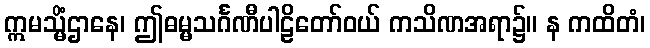
ဣမသ္မိံဌာနေ၊ ဤဓမ္မသင်္ဂဏီပါဠိတော်ဝယ် ကသိဏအရာ၌။ န ကထိတံ၊